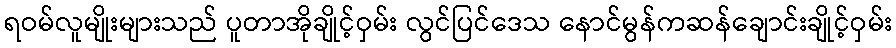
ရဝမ်လူမျိုးများသည် ပူတာအိုချိုင့်ဝှမ်း လွင်ပြင်ဒေသ နောင်မွန်ကဆန်ချောင်းချိုင့်ဝှမ်း